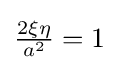
{\tfrac {2\xi \eta }{a^{2}}}=1